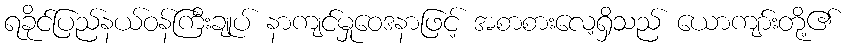
ရခိုင်ပြည်နယ်ဝန်ကြီးချုပ် နာကျင်မှုဝေဒနာဖြင့် အစာစားလေ့ရှိသည် ယောကျာ်းတို့၏